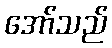
အော်သည်